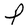
Character: P